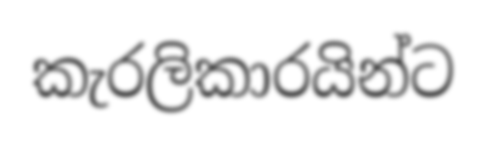
කැරලිකාරයින්ට